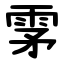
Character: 雺